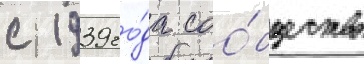
с 1939 го́да соо́бщество